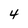
Character: 4